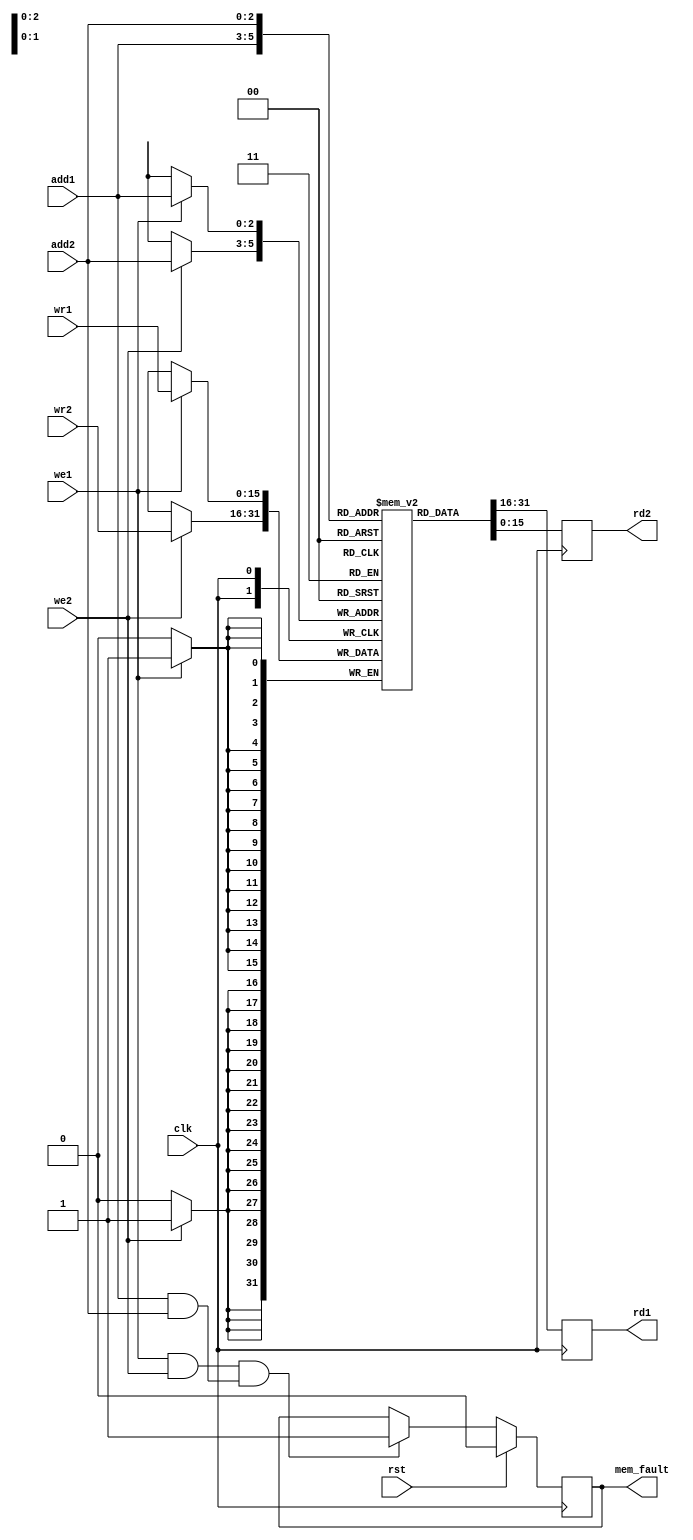
module reg_array_dual(clk, rst, we1, we2, add1, add2, wr1, wr2, mem_fault, rd1, rd2);
	parameter width = 'd16; 
	parameter depth = 'd8; 
	parameter add_width = 'd3; 
	input wire clk , rst ; 
	input wire we1 , we2 ; 
	input wire [add_width-1:0] add1 , add2 ;
	input [width-1:0] wr1 , wr2 ;
	output reg mem_fault ;
	output reg [width-1:0] rd1 , rd2 ;
	reg [width-1:0] mem_arr [0:depth-1] ;
	always@(posedge clk) begin
		if(rst) mem_fault <= 1'b0;
		else if((we1 && we2) && (add1 && add2)) mem_fault <= 1'b1;
	end
	always@(posedge clk) begin
		rd1 [width-1:0] <= mem_arr[add1] [width-1:0]; 
		rd2 [width-1:0] <= mem_arr[add2] [width-1:0]; 
	end
	always@(posedge clk) begin
		if(we1) mem_arr[add1] [width-1:0] <= wr1 [width-1:0]; 
		if(we2) mem_arr[add2] [width-1:0] <= wr2 [width-1:0]; 
	end
endmodule